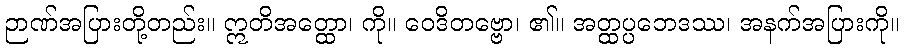
ဉာဏ်အပြားတို့တည်း။ ဣတိအတ္ထော၊ ကို။ ဝေဒိတဗ္ဗော၊ ၏။ အတ္ထပ္ပဘေဒဿ၊ အနက်အပြားကို။